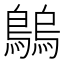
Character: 𪄝